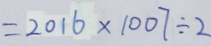
= 2 0 1 6 \times 1 0 0 7 \div 2